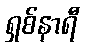
ရှစ်နာရီ